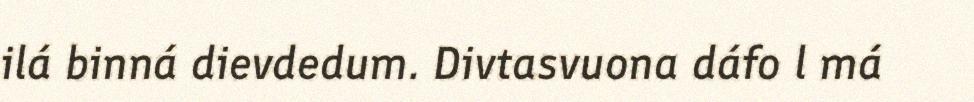
ilá binná dievdedum. Divtasvuona dáfo l má